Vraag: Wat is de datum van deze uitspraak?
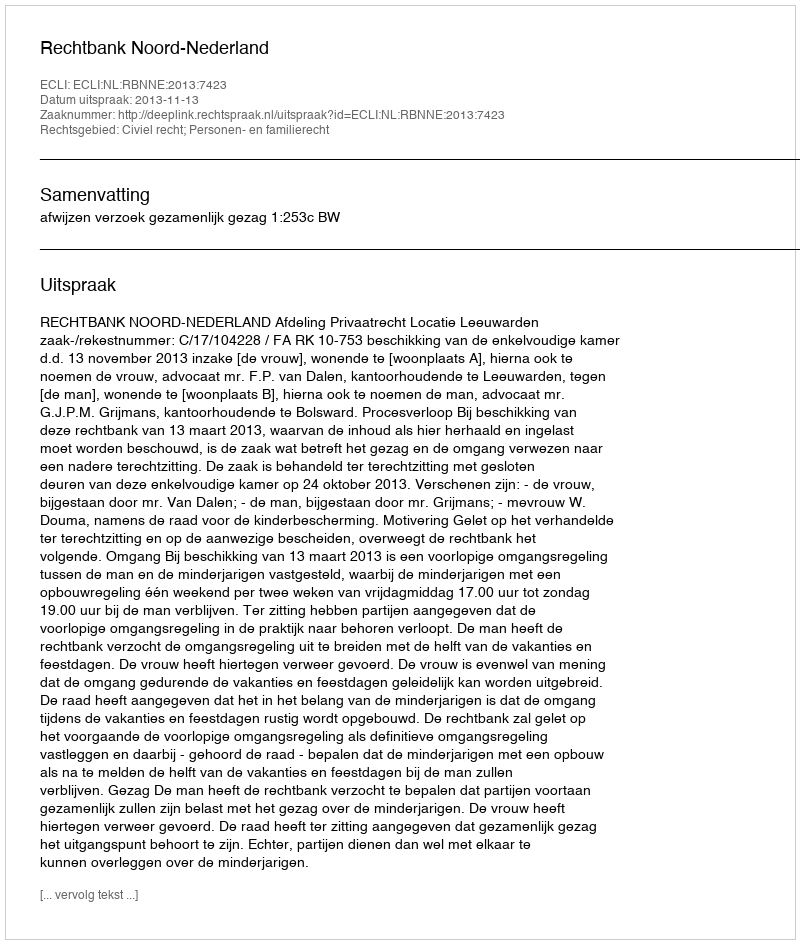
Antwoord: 2013-11-13